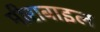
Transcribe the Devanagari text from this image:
मीराबाइल